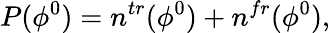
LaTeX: P(\phi^{0})=n^{tr}(\phi^{0})+n^{fr}(\phi^{0}),